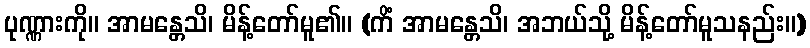
ပုဏ္ဏားကို။ အာမန္တေသိ၊ မိန့်တော်မူ၏။ (ကိံ အာမန္တေသိ၊ အဘယ်သို့ မိန့်တော်မူသနည်း။)